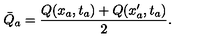
\bar { Q } _ { a } = \frac { Q ( x _ { a } , t _ { a } ) + Q ( x _ { a } ^ { \prime } , t _ { a } ) } { 2 } .